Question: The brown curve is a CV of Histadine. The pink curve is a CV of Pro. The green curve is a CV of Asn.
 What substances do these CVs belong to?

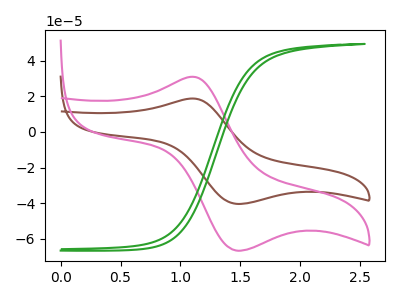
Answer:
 <answer>The brown curve is labeled "Histadine". The pink curve is labeled "Pro". The green curve is labeled "Asn".</answer>
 <eval></eval>